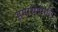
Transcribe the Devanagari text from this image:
हमारीप्रगति